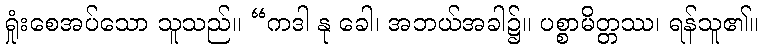
ရှုံးစေအပ်သော သူသည်။ “ကဒါ နု ခေါ၊ အဘယ်အခါ၌။ ပစ္စာမိတ္တဿ၊ ရန်သူ၏။